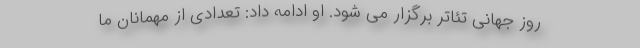
روز جهانی تئاتر برگزار می شود. او ادامه داد: تعدادی از مهمانان ما